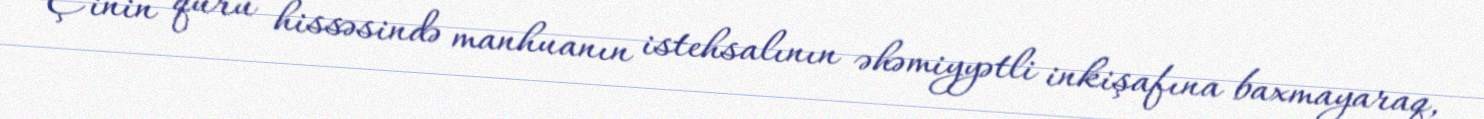
Çinin quru hissəsində manhuanın istehsalının əhəmiyyətli inkişafına baxmayaraq,